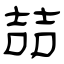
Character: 喆